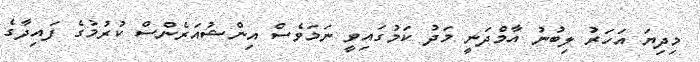
މިދިޔަ އަހަރު ލިބުނު އާމްދަނީ މަދު ކަމުގައިވީ ނަމަވެސް އިންޝުއަރެންސް ކުރުމުގެ ފައިދާގެ